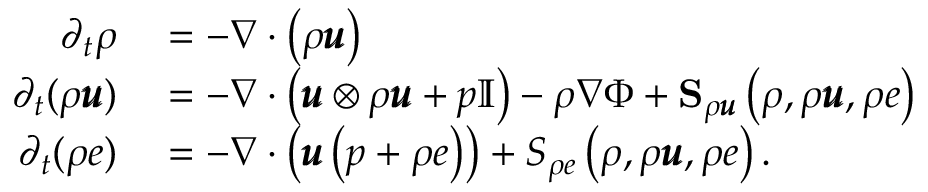
\begin{array} { r l } { \partial _ { t } \rho } & { { } = - \nabla \cdot \left( \rho \pmb { u } \right) } \\ { \partial _ { t } ( \rho \pmb { u } ) } & { { } = - \nabla \cdot \left( \pmb { u } \otimes \rho \pmb { u } + p \mathbb { I } \right) - \rho \nabla \Phi + \mathbf { S } _ { \rho \pmb { u } } \left( \rho , \rho \pmb { u } , \rho e \right) } \\ { \partial _ { t } ( \rho e ) } & { { } = - \nabla \cdot \left( \pmb { u } \left( p + \rho e \right) \right) + S _ { \rho e } \left( \rho , \rho \pmb { u } , \rho e \right) . } \end{array}